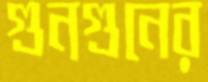
গুনগুনের